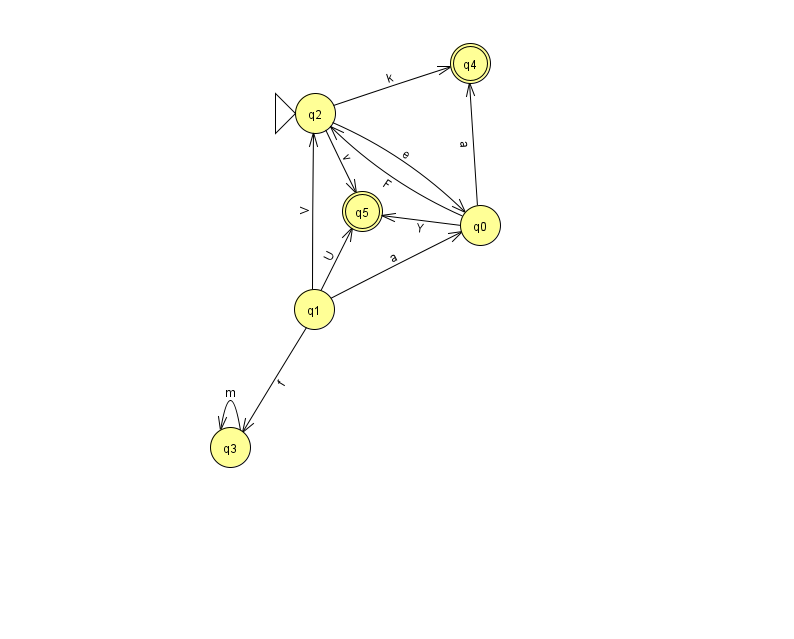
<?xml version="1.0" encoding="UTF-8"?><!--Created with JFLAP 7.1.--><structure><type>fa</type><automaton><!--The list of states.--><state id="0" name="q0"><x>480.0</x><y>212.0</y></state><state id="1" name="q1"><x>314.0</x><y>296.0</y></state><state id="2" name="q2"><x>315.0</x><y>100.0</y><initial/></state><state id="3" name="q3"><x>230.0</x><y>434.0</y></state><state id="4" name="q4"><x>470.0</x><y>50.0</y><final/></state><state id="5" name="q5"><x>362.0</x><y>198.0</y><final/></state><!--The list of transitions.--><transition><from>1</from><to>2</to><read>V</read></transition><transition><from>2</from><to>4</to><read>k</read></transition><transition><from>0</from><to>4</to><read>a</read></transition><transition><from>1</from><to>5</to><read>U</read></transition><transition><from>0</from><to>5</to><read>Y</read></transition><transition><from>0</from><to>2</to><read>F</read></transition><transition><from>1</from><to>3</to><read>f</read></transition><transition><from>3</from><to>3</to><read>m</read></transition><transition><from>2</from><to>0</to><read>e</read></transition><transition><from>1</from><to>0</to><read>a</read></transition><transition><from>2</from><to>5</to><read>v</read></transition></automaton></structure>